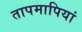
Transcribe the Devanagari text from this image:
तापमापियां